Medical and sanitary report of the native army of Bengal for the year
Year: 1878
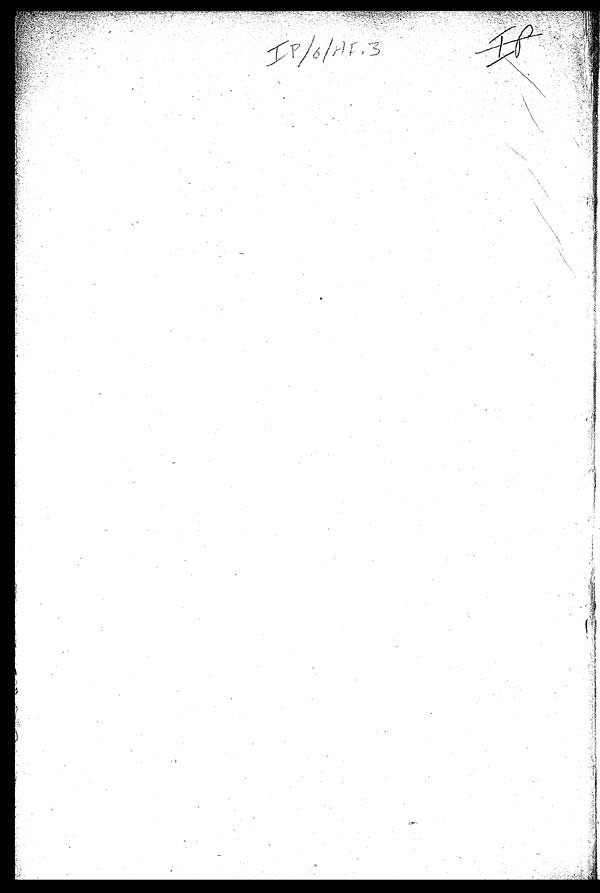
IP/6/AF. 3
IP